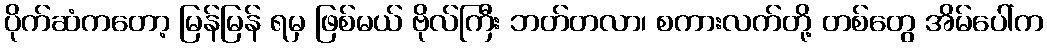
ပိုက်ဆံကတော့ မြန်မြန် ရမှ ဖြစ်မယ် ဗိုလ်ကြီး ဘတ်တလာ၊ စကားလက်တို့ တစ်တွေ အိမ်ပေါ်က